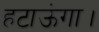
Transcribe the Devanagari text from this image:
हटाऊंगा।